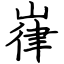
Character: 嵂